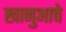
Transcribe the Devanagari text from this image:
खानुआचे